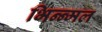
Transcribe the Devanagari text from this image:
भिन्न्मल